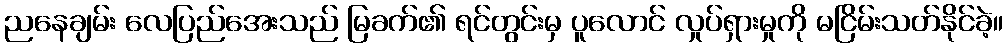
ညနေချမ်း လေပြည်အေးသည် မြခက်၏ ရင်တွင်းမှ ပူလောင် လှုပ်ရှားမှုကို မငြိမ်းသတ်နိုင်ခဲ့။